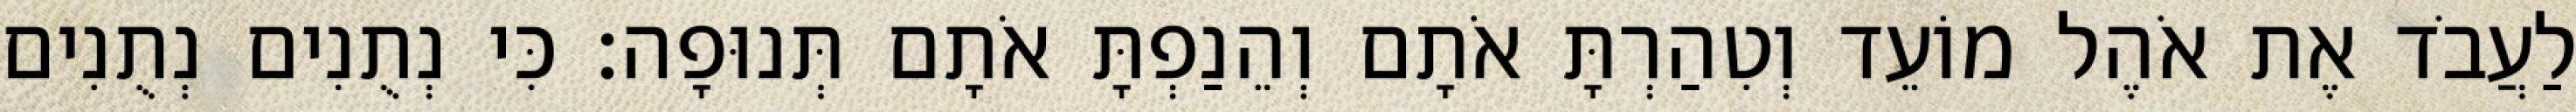
לַעֲבֹד אֶת אֹהֶל מוֹעֵד וְטִהַרְתָּ אֹתָם וְהֵנַפְתָּ אֹתָם תְּנוּפָה׃ כִּי נְתֻנִים נְתֻנִים